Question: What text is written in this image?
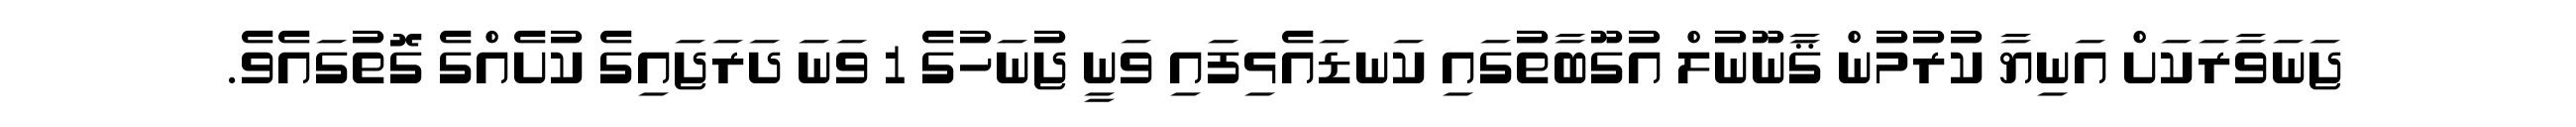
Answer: ޖަނަވާރަކަށް އަނިޔާ ކުރުމުން ޤާނޫނުލް އުގޫބާތުގައި ކަނޑައެޅިފައި ވަނީ ޖުނަހުގެ 1 ވަނަ ދަރަޖައިގެ ކުށެއްގެ ގޮތުގައެވެ.